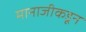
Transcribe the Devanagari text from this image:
मानाजीकडून